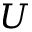
\boldsymbol { U }